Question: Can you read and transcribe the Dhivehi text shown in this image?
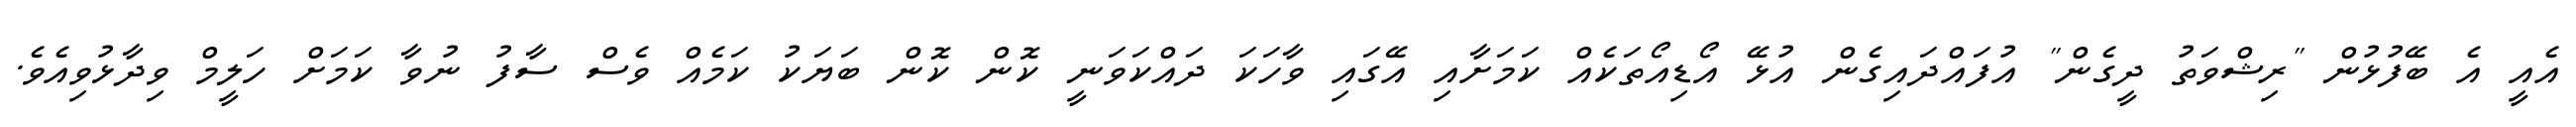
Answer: އެއީ އެ ބޭފުޅުން "ރިޝްވަތު ދީގެން" އުފައްދައިގެން އުޅޭ އޯޑިއޯތަކެއް ކަމަށާއި އޭގައި ވާހަކަ ދައްކަވަނީ ކޮން ކޮން ބަޔަކު ކަމެއް ވެސް ސާފު ނުވާ ކަމަށް ހަލީމް ވިދާޅުވިއެވެ.